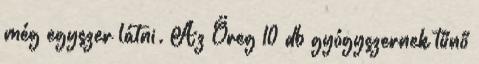
még egyszer látni. Az Öreg 10 db gyógyszernek tűnő